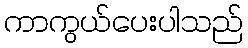
ကာကွယ်ပေးပါသည်